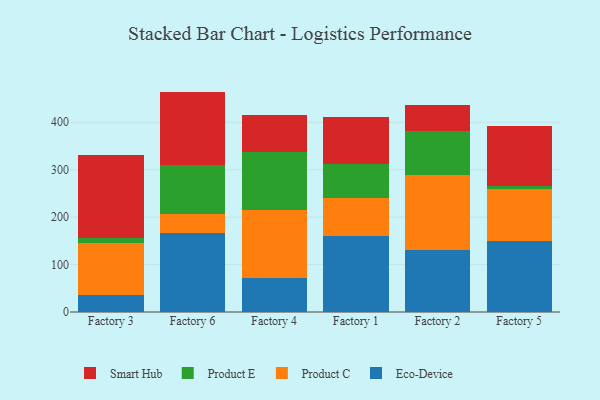
{"axis": {"x": "Factory", "y": "Bounce Rate (%)"}, "legend": ["Eco-Device", "Product C", "Product E", "Smart Hub"], "data": [{"x": "Factory 3", "y": 36.3, "type": "Eco-Device"}, {"x": "Factory 3", "y": 109.4, "type": "Product C"}, {"x": "Factory 3", "y": 10.9, "type": "Product E"}, {"x": "Factory 3", "y": 174.2, "type": "Smart Hub"}, {"x": "Factory 6", "y": 166.0, "type": "Eco-Device"}, {"x": "Factory 6", "y": 40.6, "type": "Product C"}, {"x": "Factory 6", "y": 103.3, "type": "Product E"}, {"x": "Factory 6", "y": 154.8, "type": "Smart Hub"}, {"x": "Factory 4", "y": 72.3, "type": "Eco-Device"}, {"x": "Factory 4", "y": 143.8, "type": "Product C"}, {"x": "Factory 4", "y": 120.9, "type": "Product E"}, {"x": "Factory 4", "y": 78.4, "type": "Smart Hub"}, {"x": "Factory 1", "y": 160.7, "type": "Eco-Device"}, {"x": "Factory 1", "y": 80.7, "type": "Product C"}, {"x": "Factory 1", "y": 70.6, "type": "Product E"}, {"x": "Factory 1", "y": 99.7, "type": "Smart Hub"}, {"x": "Factory 2", "y": 131.2, "type": "Eco-Device"}, {"x": "Factory 2", "y": 157.0, "type": "Product C"}, {"x": "Factory 2", "y": 94.2, "type": "Product E"}, {"x": "Factory 2", "y": 53.4, "type": "Smart Hub"}, {"x": "Factory 5", "y": 149.0, "type": "Eco-Device"}, {"x": "Factory 5", "y": 110.3, "type": "Product C"}, {"x": "Factory 5", "y": 5.6, "type": "Product E"}, {"x": "Factory 5", "y": 127.8, "type": "Smart Hub"}]}